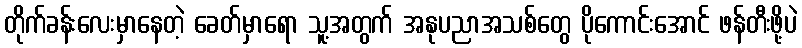
တိုက်ခန်းလေးမှာနေတဲ့ ခေတ်မှာရော သူ့အတွက် အနုပညာအသစ်တွေ ပိုကောင်းအောင် ဖန်တီးဖို့ပဲ